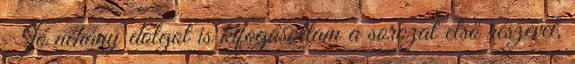
Jó néhány dolgot is kifogásoltam a sorozat első részével,